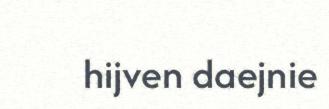
hijven daejnie